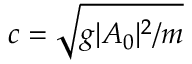
c = \sqrt { g \lvert A _ { 0 } \rvert ^ { 2 } / m }